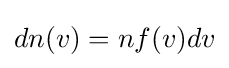
dn(v)=nf(v)dv